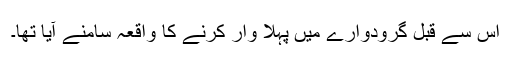
اس سے قبل گرودوارے میں پہلا وار کرنے کا واقعہ سامنے آیا تھا۔